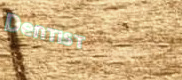
Dentist